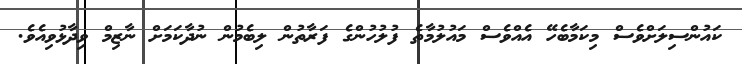
ކައުންސިލަށްވެސް މިކަމާބެހޭ އެއްވެސް މައުލުމާތެ ފުލުހުންގެ ފަރާތުން ލިބެމުން ނުދާކަމަށް ނާޒިމް ވިދާޅުވިއެވެ.